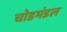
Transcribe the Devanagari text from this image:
चोडमंडल